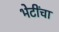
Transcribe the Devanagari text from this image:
भेटींचा